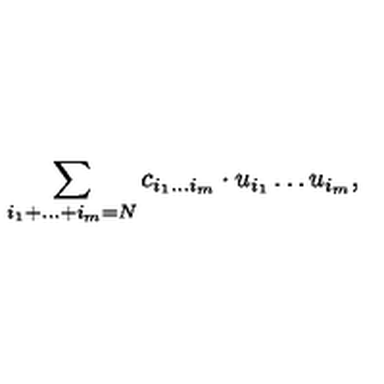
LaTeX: \sum _ { i _ { 1 } + \dots + i _ { m } = N } c _ { i _ { 1 } \dots i _ { m } } \cdot u _ { i _ { 1 } } \dots u _ { i _ { m } } ,